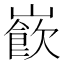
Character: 𡼽